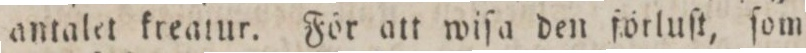
antalet kreatur. För att wiſa den förluſt, ſom